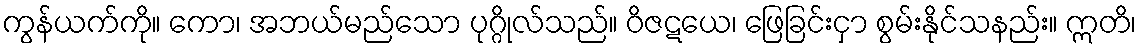
ကွန်ယက်ကို။ ကော၊ အဘယ်မည်သော ပုဂ္ဂိုလ်သည်။ ဝိဇဋယေ၊ ဖြေခြင်းငှာ စွမ်းနိုင်သနည်း။ ဣတိ၊